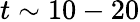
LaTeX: t\sim 10-20